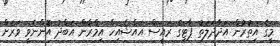
މީގެ އިތުރުން އަދާދަލަތު ޕާޓިގެ ރައީސް އައްޝެއިހް އިމްރާން އަބްދު އޮންނެވީ ވަރަށް